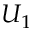
U _ { 1 }